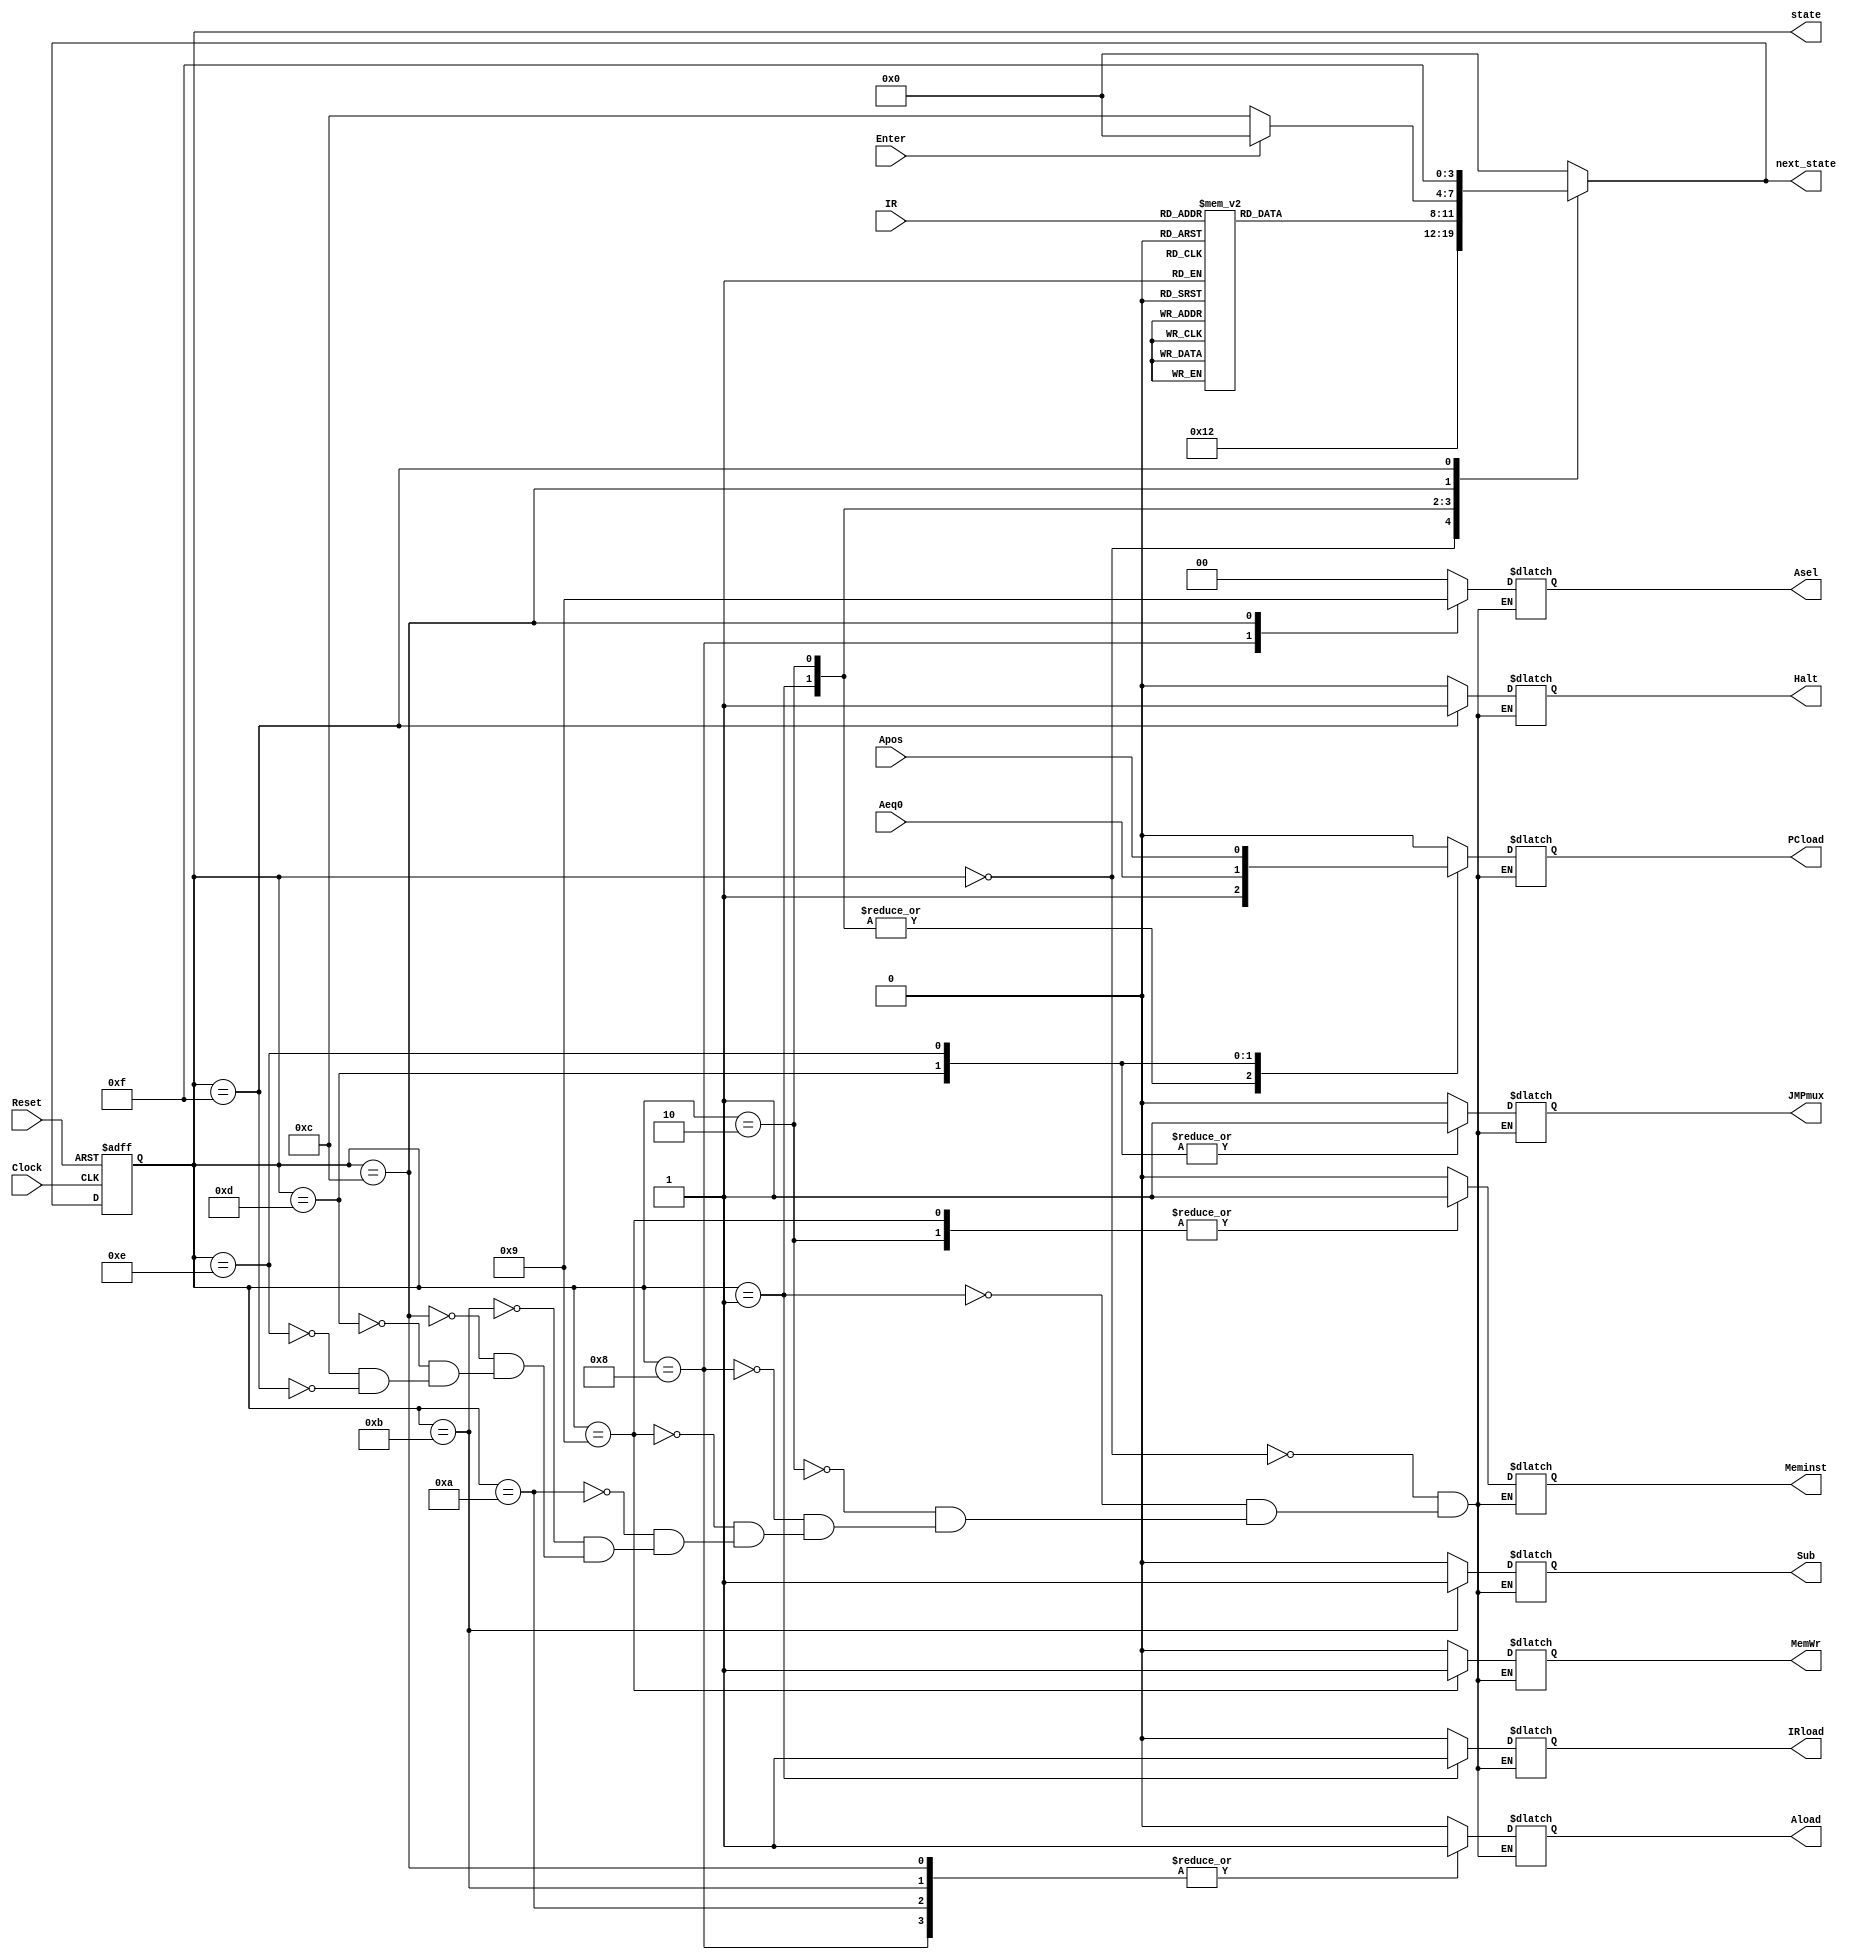
/****
	Name 	:	Chu Jaan Horng
	Date 	:	29/9/2015
	Project :	Control Unit of the Enhanced Processor 
****/

module ControlUnit(
	//Status Signals for input except Clock & Reset
	input Clock, Reset, Enter,
	input [7:5]IR,
	input Aeq0, Apos,
	//Control Signals for output
	output reg IRload, JMPmux, PCload, Meminst, MemWr, Aload, Sub, Halt,
	output reg [1:0]Asel,
	output reg [3:0]state, next_state
);

	//reg [3:0]state, next_state;
	parameter [3:0]start=4'b0000, fetch=4'b0001, decode=4'b0010, load=4'b1000, store=4'b1001, add=4'b1010, sub=4'b1011, Input=4'b1100, jz=4'b1101, jpos=4'b1110, halt=4'b1111;
	
	//Initialize the state machine
	always@(posedge Clock, posedge Reset)
	begin
		if(Reset)
		begin
			state<=start;
		end
		else
		begin
			state<=next_state;
		end
	end
	
	// State Machine (Control Unit)
	always@(state, IR, Aeq0, Apos, Enter)
	begin
	//Each of the state will output the control signals to datapath
		case(state)
		start	:	begin
						IRload=0;
						JMPmux=0;
						PCload=0;
						Meminst=0;
						MemWr=0;
						Asel[1:0]=2'b00;
						Aload=0;
						Sub=0;
						Halt=0;
						next_state=fetch;
					end
		fetch	:	begin
						IRload=1;
						JMPmux=0;
						PCload=1;
						Meminst=0;
						MemWr=0;
						Asel[1:0]=2'b00;
						Aload=0;
						Sub=0;
						Halt=0;
						next_state=decode;
					end
		decode	:	begin
						IRload=0;
						JMPmux=0;
						//PCload=0;
						PCload=1; // error
						Meminst=1;
						MemWr=0;
						Asel[1:0]=2'b00;
						Aload=0;
						Sub=0;
						Halt=0;
						case(IR)
						3'b000 : next_state=load;
						3'b001 : next_state=store;
						3'b010 : next_state=add;
						3'b011 : next_state=sub;
						3'b100 : next_state=Input;
						3'b101 : next_state=jz;
						3'b110 : next_state=jpos;
						3'b111 : next_state=halt;
						default: next_state=decode;
						endcase
					end
		load	:	begin
						IRload=0;
						JMPmux=0;
						PCload=0;
						Meminst=0;
						MemWr=0;
						Asel[1:0]=2'b10;
						Aload=1;
						Sub=0;
						Halt=0;
						next_state=start;
					end
		store	:	begin
						IRload=0;
						JMPmux=0;
						PCload=0;
						Meminst=1;
						MemWr=1;
						Asel[1:0]=2'b00;
						Aload=0;
						Sub=0;
						Halt=0;	
						next_state=start;
					end
		add		:	begin
						IRload=0;
						JMPmux=0;
						PCload=0;
						Meminst=0;
						MemWr=0;
						Asel[1:0]=2'b00;
						Aload=1;
						Sub=0;
						Halt=0;
						next_state=start;
					end
		sub		:	begin
						IRload=0;
						JMPmux=0;
						PCload=0;
						Meminst=0;
						MemWr=0;
						Asel[1:0]=2'b00;
						Aload=1;
						Sub=1;
						Halt=0;
						next_state=start;
					end
		Input	:	begin
						IRload=0;
						JMPmux=0;
						PCload=0;
						Meminst=0;
						MemWr=0;
						Asel[1:0]=2'b01;
						Aload=1;
						Sub=0;
						Halt=0;
					if(Enter)
						next_state=start;
					else
						next_state=Input;
					end
		jz		:	begin
						IRload=0;
						JMPmux=1;
						PCload=Aeq0;
						Meminst=0;
						MemWr=0;
						Asel[1:0]=2'b00;
						Aload=0;
						Sub=0;
						Halt=0;
						next_state=start;
					end
		jpos	:	begin
						IRload=0;
						JMPmux=1;
						PCload=Apos;
						Meminst=0;
						MemWr=0;
						Asel[1:0]=2'b00;
						Aload=0;
						Sub=0;
						Halt=0;
						next_state=start;
					end
		halt	:	begin
						IRload=0;
						JMPmux=0;
						PCload=0;
						Meminst=0;
						MemWr=0;
						Asel[1:0]=2'b00;
						Aload=0;
						Sub=0;
						Halt=1;
						next_state=halt;
					end
		default	:	next_state=start;
		endcase
	end
endmodule